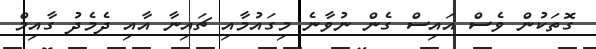
ގޮތަކުން ވެސް އައިސް ގެން ނުވާނެ މިގައުމާއި ޗައިނާ އާއި ދެމެދު ގާއިމް